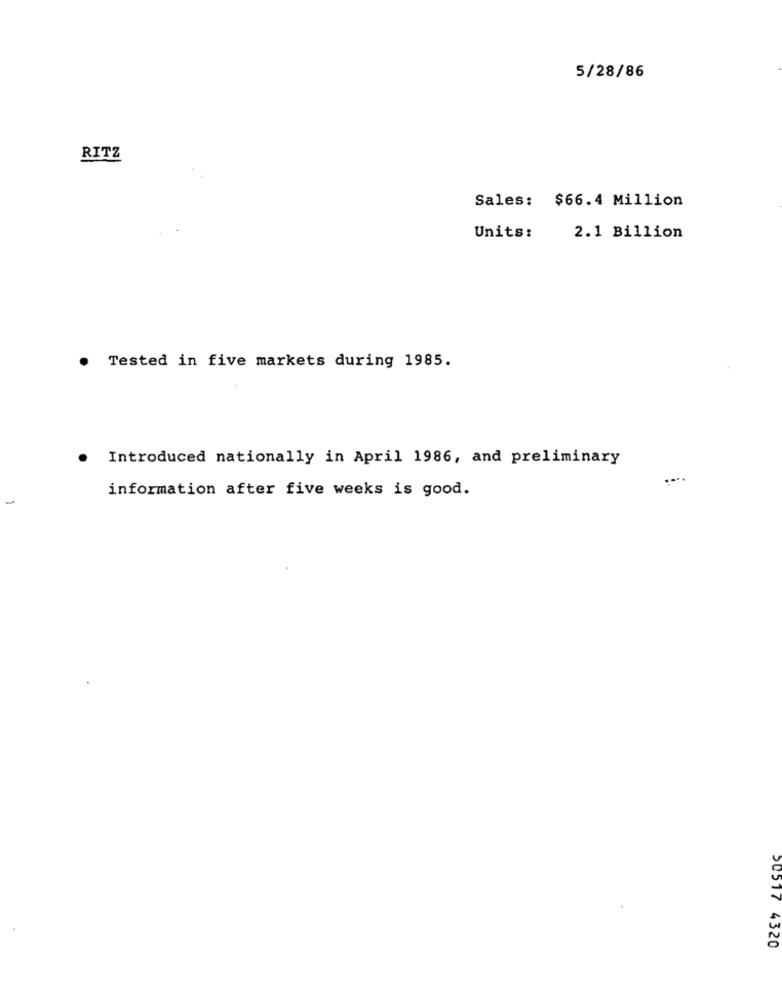
5/28/86
RITZ
Sales: $66.4 Million
Units:
2.1 Billion
Tested in five markets during 1985.
Introduced nationally in April 1986, and preliminary
information after five weeks is good.
-
50517 4320